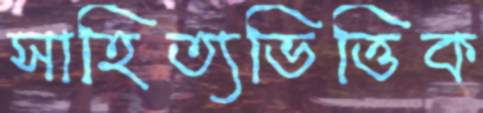
সাহিত্যভিত্তিক